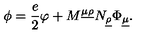
\phi = \frac { e } { 2 } \varphi + M ^ { \underline { { \mu } } \underline { { \rho } } } N _ { \underline { { \rho } } } \Phi _ { \underline { { \mu } } } .